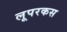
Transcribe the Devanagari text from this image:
लूपरकस